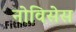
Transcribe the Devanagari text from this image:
नोविसेस